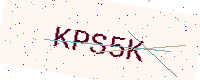
Text: KPS5K